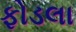
ફોડલા